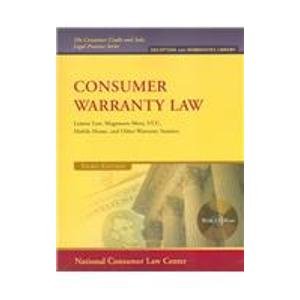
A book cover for Consumer Warranty Law: Lemon Law, Magnuson-moss, Ucc, Mobile Home, and Other Warranty Statutes (The Consumer Credit and Sales Legal Practice); Carolyn L. Carter; Law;